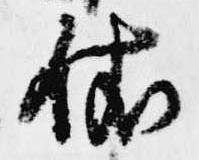
依